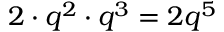
2 \cdot q ^ { 2 } \cdot q ^ { 3 } = 2 q ^ { 5 }